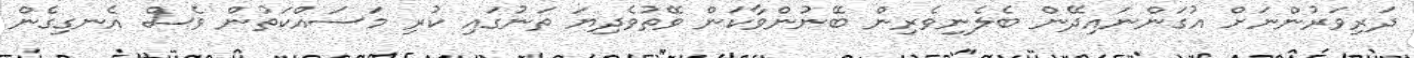
ދަރިވަރުންނަށް އުގަންނައިދޭން ބެލެނިވެރިން ބޭނުންވާކަން ވޭތުވެދިޔަ ތަނުގައި ކުރި މަސައްކަތުން ވެސް އެނގިގެން